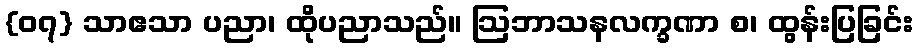
{၀၇} သာဧသာ ပညာ၊ ထိုပညာသည်။ ဩဘာသနလက္ခဏာ စ၊ ထွန်းပြခြင်း